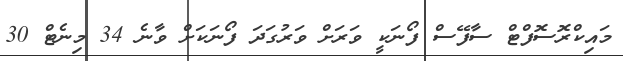
މައިކްރޮސޮފްޓް ސާފޭސް ފޯނަކީ ވަރަށް ވަރުގަދަ ފޯނަކަށް ވާނެ 34 މިނެޓް 30